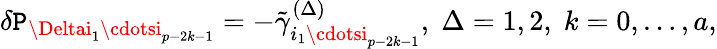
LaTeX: \delta{\cal\mathtt{P}}_{\Deltai_{1}\cdotsi_{p-2k-1}}=-\tilde{{\gamma}}_{i_{1}\cdotsi_{p-2k-1}}^{(\Delta)},\; \Delta=1,2,\; k=0,\ldots,a,